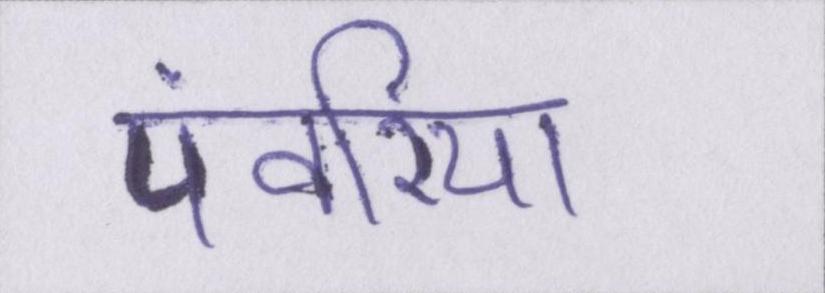
पंवरिया